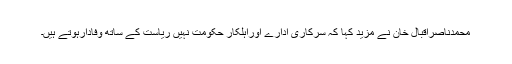
محمدناصراقبال خان نے مزید کہا کہ سرکاری ادارے اوراہلکار حکومت نہیں ریاست کے ساتھ وفادارہوتے ہیں۔